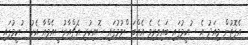
އެގޮތުން މިއަދު އެ ސުކީމުގައި ބައިވެރިވެ އެއްބަސްވުމުގައި ސޮއިކުރި އެޗްއާރުސީއެމްއާ އެކު ސުކީމުގައި